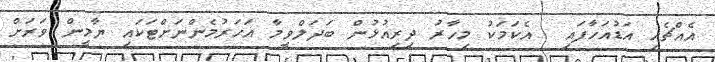
އެއްޗެހި އަޑުއަހާފައި  އެކަމަކު މިހާރު ދިރިއުޅުން ބަދަލްވީމާ އަހަރުމެންނަށްޓަކައި ޔާމީން ވަރަށް